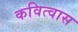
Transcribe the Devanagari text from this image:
कवित्वास